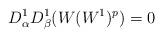
LaTeX: \begin{align*} D^1_\alpha D^1_\beta (W(W^1)^p) =0\end{align*}